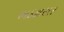
ભડકાસર